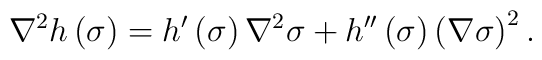
\nabla ^{2}h\left( \sigma \right) =h^{\prime }\left( \sigma \right) \nabla^{2}\sigma +h^{\prime \prime }\left( \sigma \right) \left( \nabla \sigma\right) ^{2}.